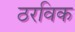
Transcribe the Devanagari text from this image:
ठरविक